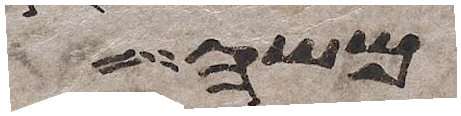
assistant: משה